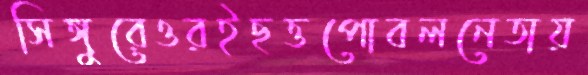
সিঙ্গুরেওরইছত্তপোবলনেতায়